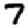
Digit: 7